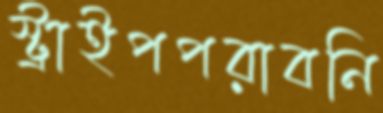
স্ট্রাইপপরাবনি